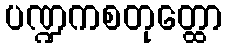
ပဏ္ဍကစတုတ္ထော